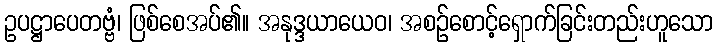
ဥပဋ္ဌာပေတဗ္ဗံ၊ ဖြစ်စေအပ်၏။ အနုဒ္ဒယာယေဝ၊ အစဉ်စောင့်ရှောက်ခြင်းတည်းဟူသော